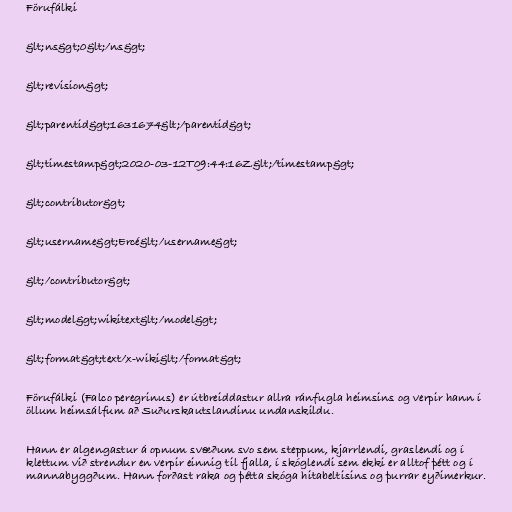
Förufálki

&lt;ns&gt;0&lt;/ns&gt;

&lt;revision&gt;

&lt;parentid&gt;1631674&lt;/parentid&gt;

&lt;timestamp&gt;2020-03-12T09:44:16Z&lt;/timestamp&gt;

&lt;contributor&gt;

&lt;username&gt;Ercé&lt;/username&gt;

&lt;/contributor&gt;

&lt;model&gt;wikitext&lt;/model&gt;

&lt;format&gt;text/x-wiki&lt;/format&gt;

Förufálki (Falco peregrinus) er útbreiddastur allra ránfugla heimsins og verpir hann í
öllum heimsálfum að Suðurskautslandinu undanskildu.

Hann er algengastur á opnum svæðum svo sem steppum, kjarrlendi, graslendi og í
klettum við strendur en verpir einnig til fjalla, í skóglendi sem ekki er alltof þétt og í
mannabyggðum. Hann forðast raka og þétta skóga hitabeltisins og þurrar eyðimerkur.